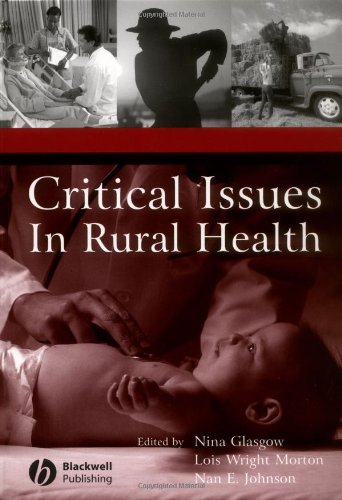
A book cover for Critical Issues In Rural Health; Medical Books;